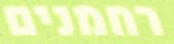
רחמנים